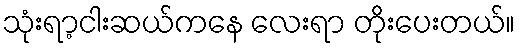
သုံးရာ့ငါးဆယ်ကနေ လေးရာ တိုးပေးတယ်။